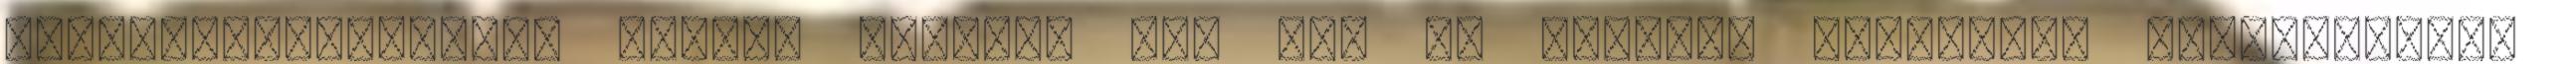
katasztrófavédelmi vezető közölte azt is: az átlagos időszakot drasztikusan